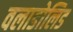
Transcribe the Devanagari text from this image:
वलाडोलिड